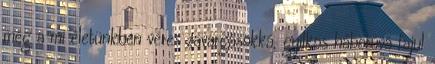
még a mi életünkben véres zavargásokká, gyilkos háborúvá fajul